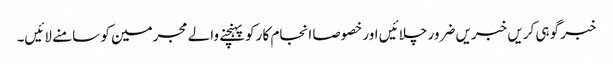
خبر گوہی کریں خبریں ضرور چلائیں اور خصوصا انجام کا رکو پہنچنے والے مجرمین کو سامنے لائیں۔